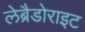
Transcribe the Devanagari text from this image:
लेब्रैडोराइट